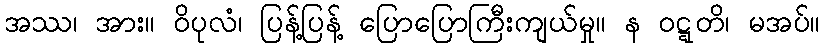
အဿ၊ အား။ ဝိပုလံ၊ ပြန့်ပြန့် ပြောပြောကြီးကျယ်မှု။ န ဝဋ္ဋတိ၊ မအပ်။